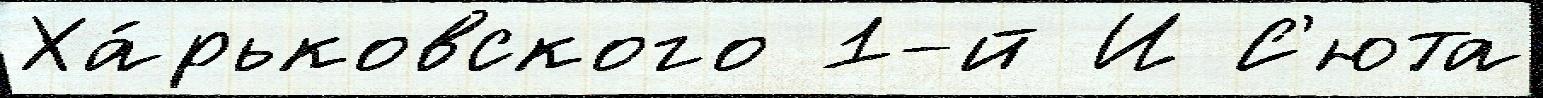
Ха́рьковского 1-й И С'юта